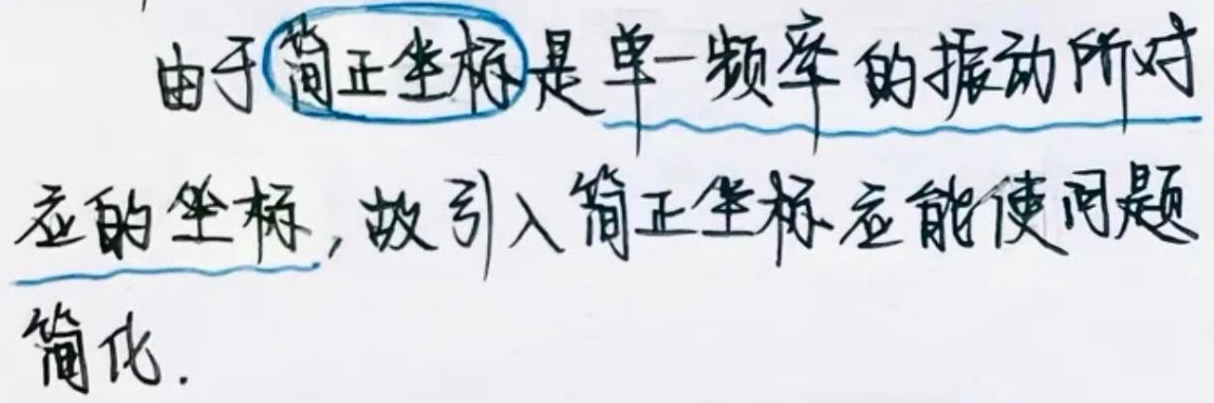
由于简正坐标是单一频率的振动所对应的坐标, 故引入简正坐标应能使问题简化.